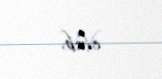
olub.